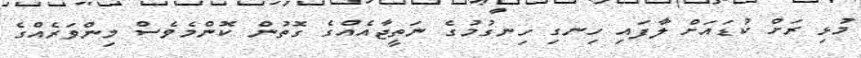
މުޅި ރަށް ކުޑައަށް ލާފައި ހިނގި ހިނގުމުގެ ނަތީޖާއެއްގެ ގޮތުން ކޮންމެވެސް މިންވަރެއްގެ